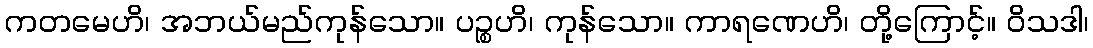
ကတမေဟိ၊ အဘယ်မည်ကုန်သော။ ပဉ္စဟိ၊ ကုန်သော။ ကာရဏေဟိ၊ တို့ကြောင့်။ ဝိသဒါ၊